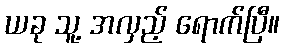
ယခု သူ့ အလှည့် ရောက်ပြီ။